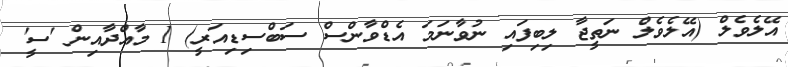
އޭލެވެލް (އޭލެވެލް ނަތީޖާ ލިބިފައި ނުވާނަމަ އެޑްވާންސް ސަބްސިޑިއަރީ) 1 މާއްދާއިން 'ސީ'